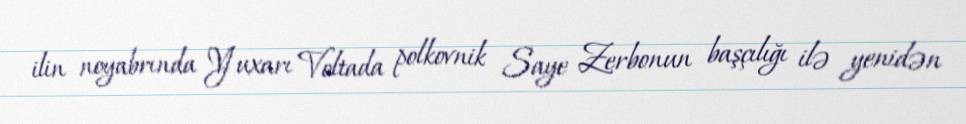
ilin noyabrında Yuxarı Voltada polkovnik Saye Zerbonun başçılığı ilə yenidən